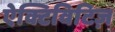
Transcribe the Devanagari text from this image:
ऐक्टिविटिज़